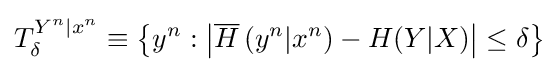
T_{\delta }^{Y^{n}|x^{n}}\equiv \left\{y^{n}:\left\vert {\overline {H}}\left(y^{n}|x^{n}\right)-H(Y|X)\right\vert \leq \delta \right\}